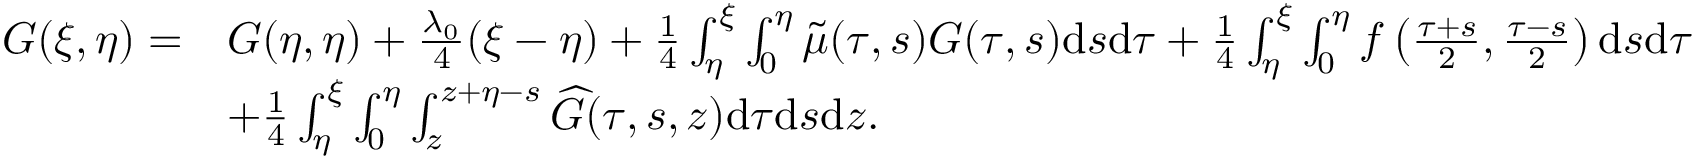
\begin{array} { r l } { G ( \xi , \eta ) = } & { G ( \eta , \eta ) + { \frac { \lambda _ { 0 } } { 4 } } ( \xi - \eta ) + { { \frac { { 1 } } { 4 } } \int _ { \eta } ^ { \xi } \int _ { 0 } ^ { \eta } \widetilde { \mu } ( \tau , s ) G ( \tau , s ) \mathrm { d } s \mathrm { d } \tau } + \frac { 1 } { 4 } \int _ { \eta } ^ { \xi } \int _ { 0 } ^ { \eta } f \left( \frac { \tau + s } { 2 } , \frac { \tau - s } { 2 } \right) \mathrm { d } s \mathrm { d } \tau } \\ & { + \frac { 1 } { 4 } \int _ { \eta } ^ { \xi } \int _ { 0 } ^ { \eta } \int _ { z } ^ { z + \eta - s } \widehat { G } ( \tau , s , z ) \mathrm { d } \tau \mathrm { d } s \mathrm { d } z . } \end{array}